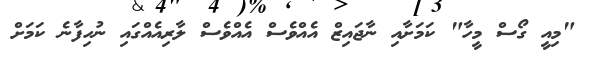
"މިއީ ގޯސް މީހާ" ކަމަށާއި ނާޖައިޒް އެއްވެސް އެއްވެސް ލާރިއެއްގައި ނުހިފާނެ ކަމަށް